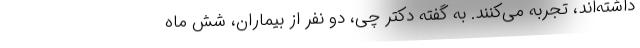
داشته‌اند، تجربه می‌کنند. به گفته دکتر چی، دو نفر از بیماران، شش ماه